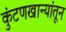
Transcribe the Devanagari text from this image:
कुंटणखान्यांतून